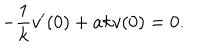
- { \frac { 1 } { k } } v ^ { \prime } ( 0 ) + a k v ( 0 ) = 0 .